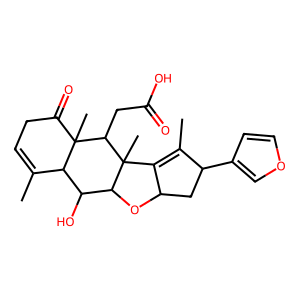
SMILES: CC1=CCC(=O)C2(C)C1C(O)C1OC3CC(c4ccoc4)C(C)=C3C1(C)C2CC(=O)O
Inhibits HIV replication: No